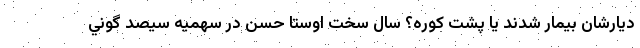
ديارشان بيمار شدند يا پشت كوره؟ سال سخت اوستا حسن در سهميه سيصد گوني